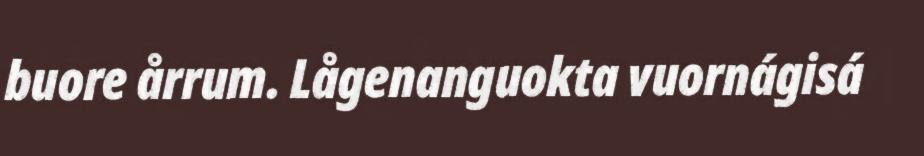
buore årrum. Lågenanguokta vuornágisá